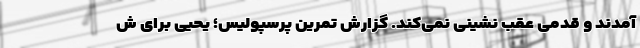
آمدند و قدمی عقب نشینی نمی‌کند. گزارش تمرین پرسپولیس؛ یحیی برای ش